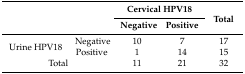
<table><thead><tr><td rowspan="2" colspan="2"></td><td colspan="2"><b>Cervical HPV18</b></td><td rowspan="2"><b>Total</b></td></tr><tr><td><b>Negative</b></td><td><b>Positive</b></td></tr></thead><tbody><tr><td rowspan="2">Urine HPV18</td><td>Negative</td><td>10</td><td>7</td><td>17</td></tr><tr><td>Positive</td><td>1</td><td>14</td><td>15</td></tr><tr><td colspan="2">Total</td><td>11</td><td>21</td><td>32</td></tr></tbody></table>